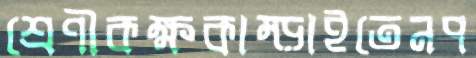
শ্রেণীকক্ষকাম্‌ড়াইতেনপ